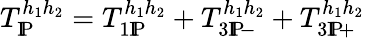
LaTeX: T_{\mathrm{I}\! \mathrm{P}}^{h_{1}h_{2}}=T_{1\mathrm{I}\! \mathrm{P}}^{h_{1}h_{2}}+T_{3\mathrm{I}\! \mathrm{P}\! -}^{h_{1}h_{2}}+T_{3\mathrm{I}\! \mathrm{P}\! +}^{h_{1}h_{2}}